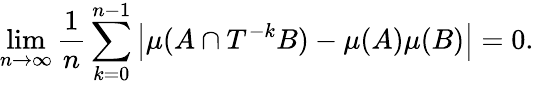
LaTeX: \operatorname*{lim}_{n\to\infty}{\frac{1}{n}}\sum_{k=0}^{n-1}\left|\mu(A\cap T^{-k}B)-\mu(A)\mu(B)\right|=0.